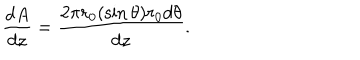
LaTeX: \frac { d A } { d z } = \frac { 2 \pi r _ { 0 } ( \sin \theta ) r _ { 0 } d \theta } { d z } .